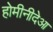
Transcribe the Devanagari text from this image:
होमीनीदेआ